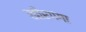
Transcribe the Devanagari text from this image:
खीरगंगा